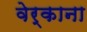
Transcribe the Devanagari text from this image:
वेर्काना